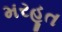
મરહૂત